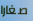
صغارا